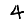
Digit: 4